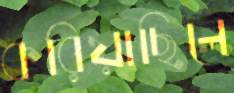
করিয়াছিলে